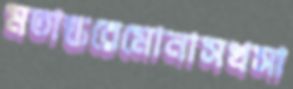
মতান্তরেমোনাসখসা